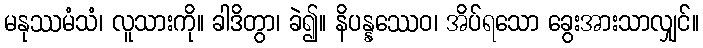
မနုဿမံသံ၊ လူသားကို။ ခါဒိတွာ၊ ခဲ၍။ နိပန္နဿေဝ၊ အိပ်ရသော ခွေးအားသာလျှင်။